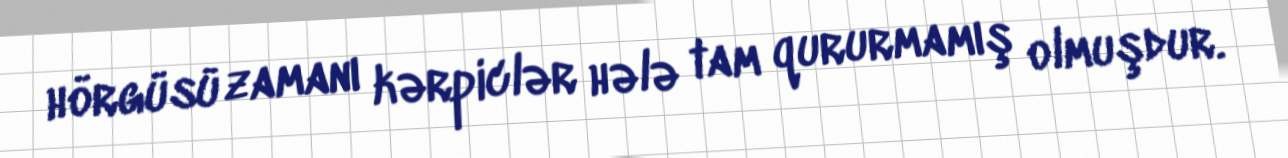
hörgüsü zamanı kərpiclər hələ tam qururmamış olmuşdur.